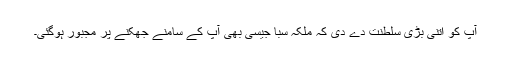
آپ کو اِتنی بڑی سلطنت دے دی کہ ملکہ سبا جیسی بھی آپ کے سامنے جھکنے پر مجبور ہوگئی۔